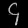
Digit: ၄